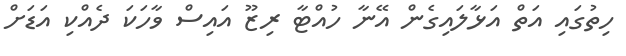
ހިތުގައި އަތް އަޅާލައިގެން އޭނާ ހުއްޓާ ރިޒޫ އައިސް ވާހަކަ ދެއްކި އަޑަށް